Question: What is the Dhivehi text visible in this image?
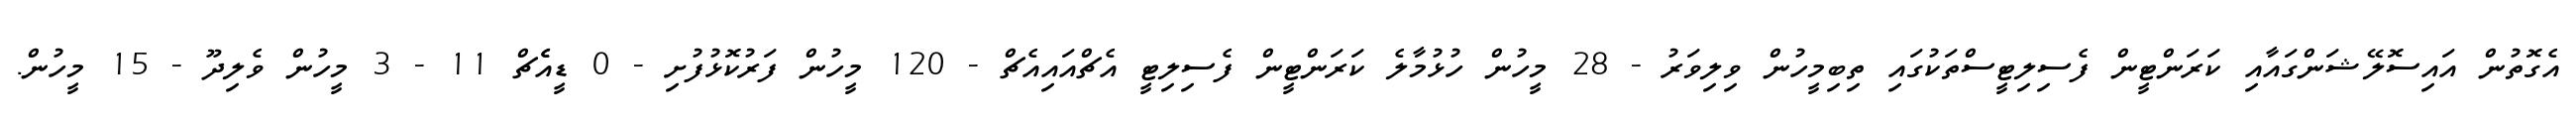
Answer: އެގޮތުން އައިސޮލޭޝަންގައާއި ކަރަންޓީން ފެސިލިޓީސްތަކުގައި ތިބިމީހުން ވިލިވަރު - 28 މީހުން ހުޅުމާލެ ކަރަންޓީން ފެސިލިޓީ އެޗްއައިއެޗް - 120 މީހުން ފަރުކޮޅުފުށި - 0 ޑީއެެޗް 11 - 3 މީހުން ވެލިދޫ - 15 މީހުން.